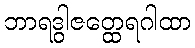
ဘာရဒွါဇတ္ထေရဂါထာ